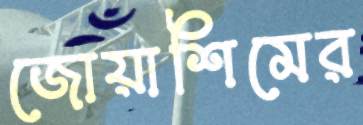
জোয়াশিমের